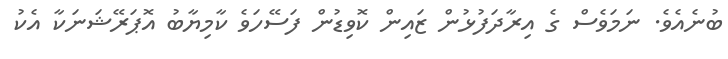
ބުނެއެވެ. ނަމަވެސް ގެ އިރާދަފުޅުން ޒައިން ކޮވިޑުން ފަސޭހަވެ ކާމިޔާބު އޮޕަރޭޝަނަކާ އެކު